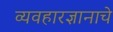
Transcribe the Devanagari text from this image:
व्यवहारज्ञानाचे